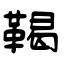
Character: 鞨